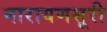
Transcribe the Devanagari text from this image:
नारायणसूरी